Bréfritari: Jón Metúsalemsson
Viðtakandi: Halldór Jónsson
Dagsetning: A-1873-06-22
Skrifað á: Víðidal  N-Múl.
Óvíst

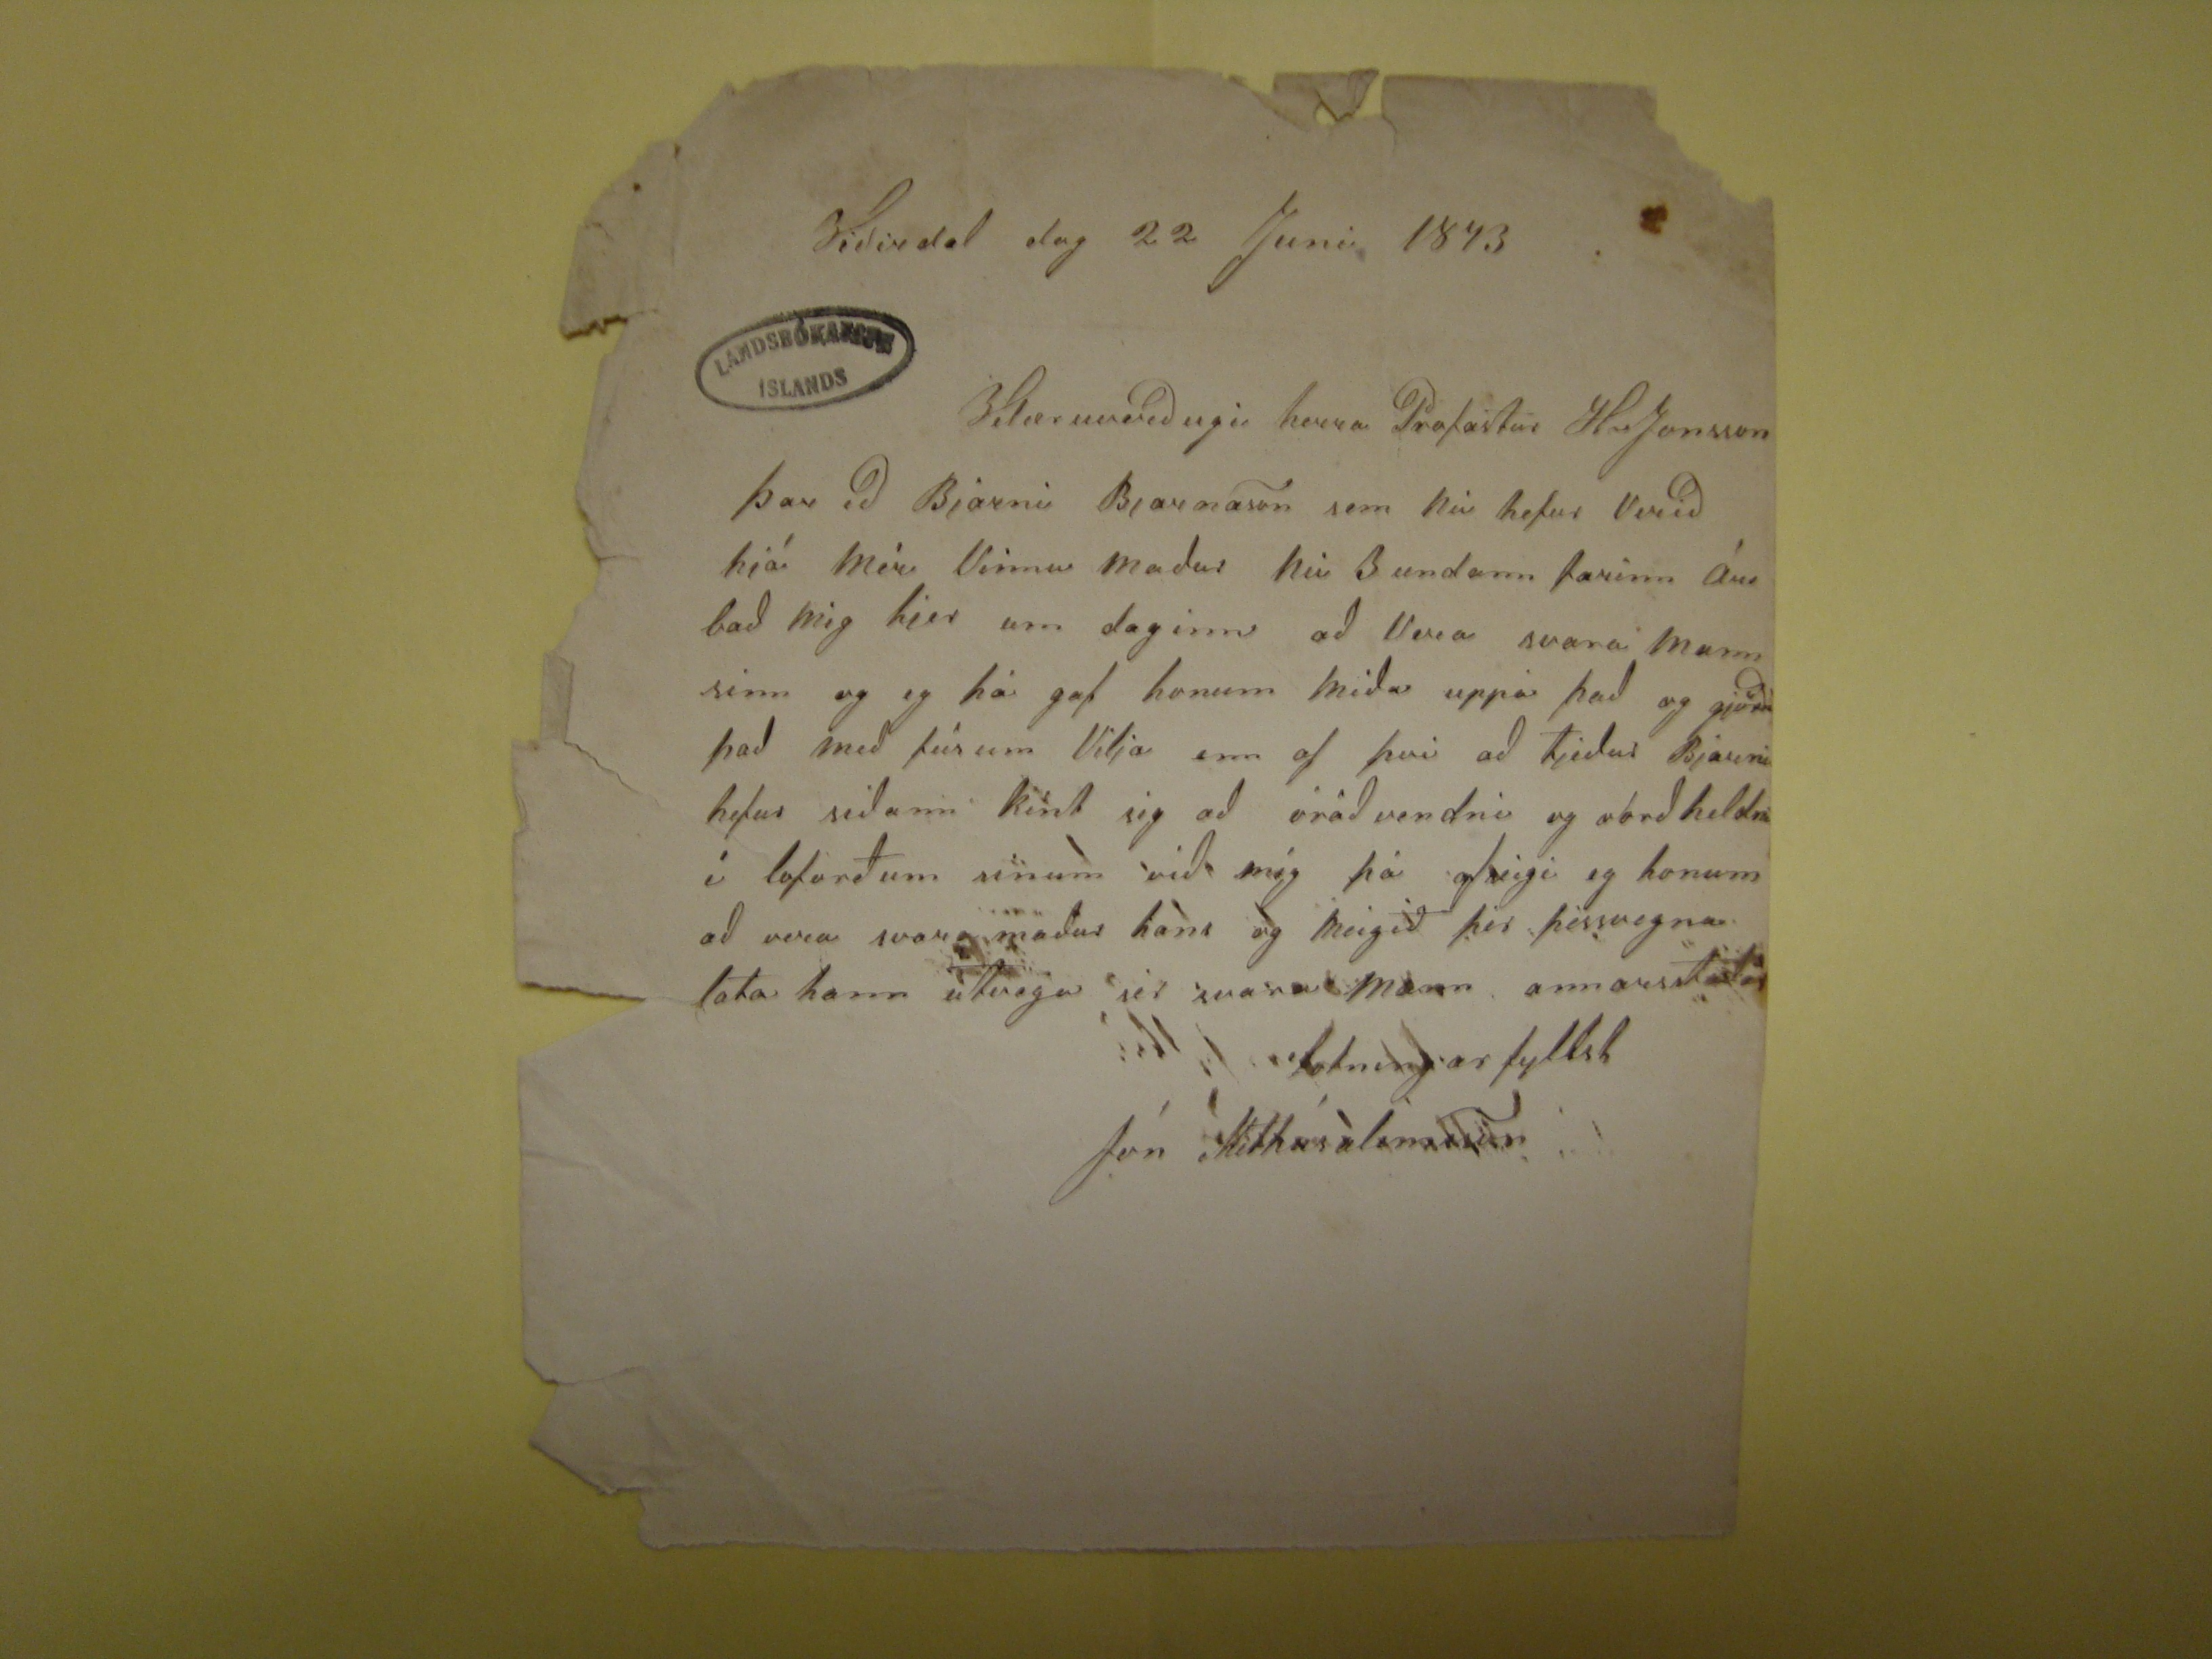

Viðisdal dag 22 Juni 1873
Velæruverðugi herra Profastur H Jonsson
Þar eð Bjarni Bjarnason sem nú hefur verið hjá mér Vinnu maður nú 3 undann farinn ár bað mig hier um daginn að Vera svara mann sinn og eg þá gaf honum
miða uppá það og gjörði það með fúsum Vilja enn af þvi að tjeður Bjarni hefur sidann kint sig að óráðvendni og óorðheldni í loforðum sinum við mig þá
ofseigi eg honum að vera svara maður hans og meigið þér þessvegna lata hann utvega sér svara mann annarstaðar
lotningarfyllst
Jon Methusalemsson